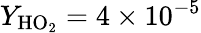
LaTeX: Y_{\mathrm{HO_{2}}}=4\times 10^{-5}